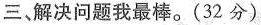
三，解决问题我最棒。(32分)